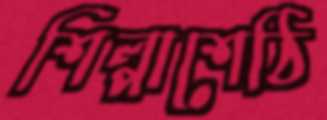
শিল্পাশেঠি